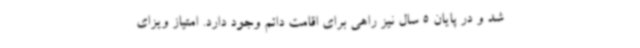
شد و در پایان 5 سال نیز راهی برای اقامت دائم وجود دارد. امتیاز ویزای